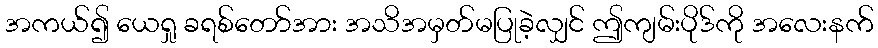
အကယ်၍ ယေရှု ခရစ်တော်အား အသိအမှတ်မပြုခဲ့လျှင် ဤကျမ်းပိုဒ်ကို အလေးနက်